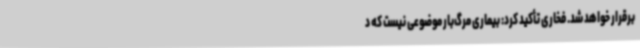
برقرار خواهد شد. فخاری تأکید کرد: بیماری مرگ‌بار موضوعی نیست که د